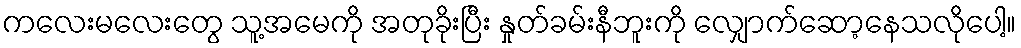
ကလေးမလေးတွေ သူ့အမေကို အတုခိုးပြီး နှုတ်ခမ်းနီဘူးကို လျှောက်ဆော့နေသလိုပေါ့။